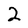
Character: 2